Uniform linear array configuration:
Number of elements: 12
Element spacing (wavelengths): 0.75
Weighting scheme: exponential
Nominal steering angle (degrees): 60
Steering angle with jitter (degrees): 60.958
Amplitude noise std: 0.05
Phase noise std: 0.05

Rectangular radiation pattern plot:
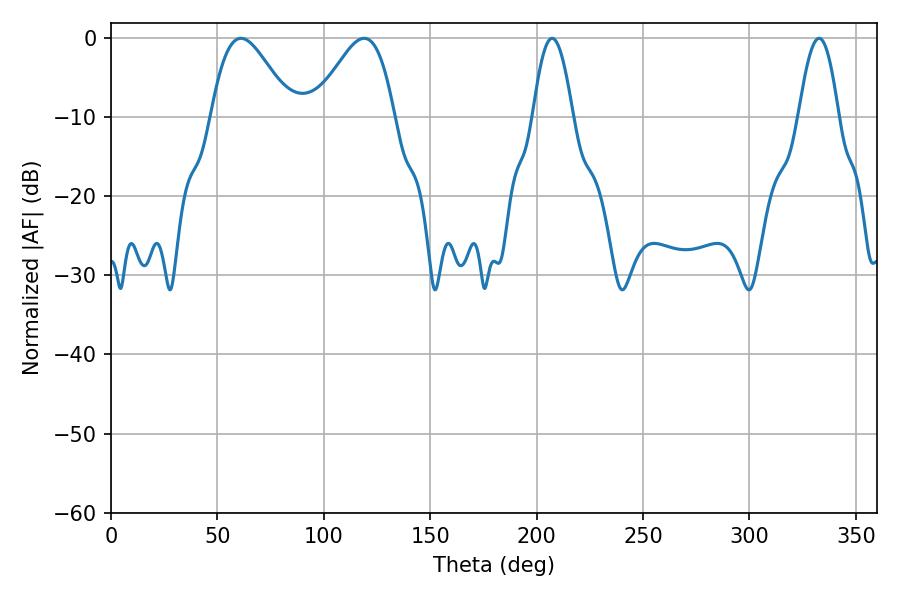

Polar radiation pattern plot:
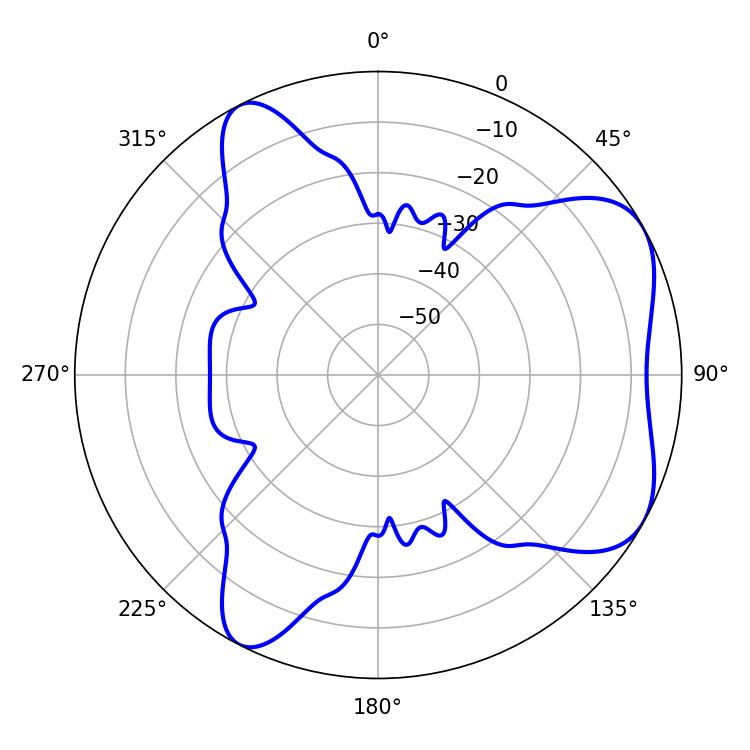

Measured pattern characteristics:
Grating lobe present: TRUE
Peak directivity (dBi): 5.742
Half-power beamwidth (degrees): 19.98
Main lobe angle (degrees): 61.02